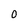
Character: 0